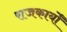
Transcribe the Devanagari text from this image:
राजकार्यों